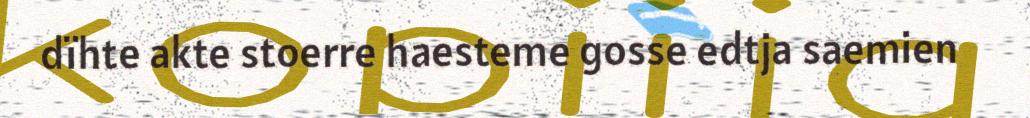
dïhte akte stoerre haesteme gosse edtja saemien